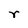
Character: r